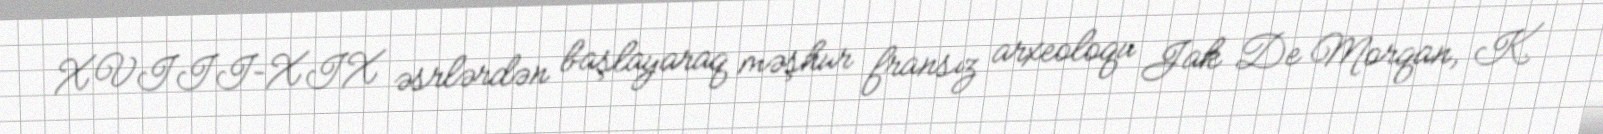
XVIII–XIX əsrlərdən başlayaraq məşhur fransız arxeoloqu Jak De Morqan, K.